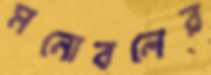
মনোবলের